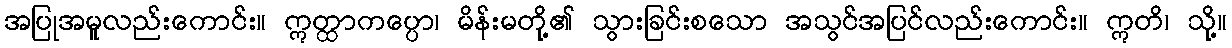
အပြုအမူလည်းကောင်း။ ဣတ္ထာကပ္ပော၊ မိန်းမတို့၏ သွားခြင်းစသော အသွင်အပြင်လည်းကောင်း။ ဣတိ၊ သို့။